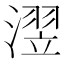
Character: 𪷊